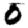
Digit: 0